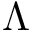
\Lambda